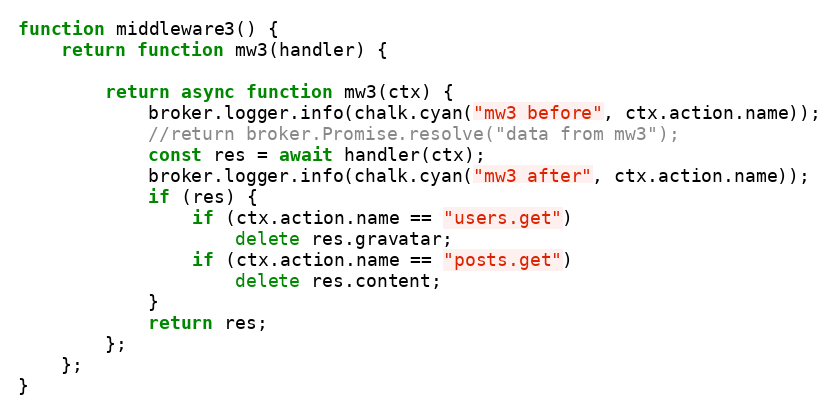
Language: JavaScript
function middleware3() {
	return function mw3(handler) {

		return async function mw3(ctx) {
			broker.logger.info(chalk.cyan("mw3 before", ctx.action.name));
			//return broker.Promise.resolve("data from mw3");
			const res = await handler(ctx);
			broker.logger.info(chalk.cyan("mw3 after", ctx.action.name));
			if (res) {
				if (ctx.action.name == "users.get")
					delete res.gravatar;
				if (ctx.action.name == "posts.get")
					delete res.content;
			}
			return res;
		};
	};
}